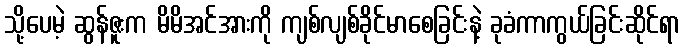
သို့ပေမဲ့ ဆွန်ဇူးက မိမိအင်အားကို ကျစ်လျစ်ခိုင်မာစေခြင်းနဲ့ ခုခံကာကွယ်ခြင်းဆိုင်ရာ